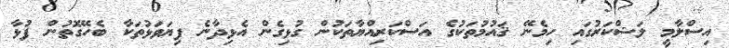
އިސްލާމީ ލަޝްކަރުގައި ހިމެނޭ ޤައުމުތަކުގެ އަސްކަރިއްޔާތަކުން ގުޅިގެން އެޅިދާނެ ފިޔަވަޅުތަކާ ބެހޭގޮތުން ފުޅާ